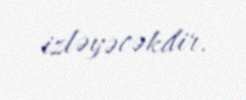
izləyəcəkdir.